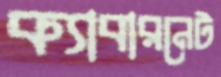
ক্যাবারনেট